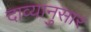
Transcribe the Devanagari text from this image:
दाव्यानुसार